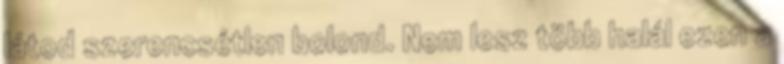
látod szerencsétlen bolond. Nem lesz több halál ezen a